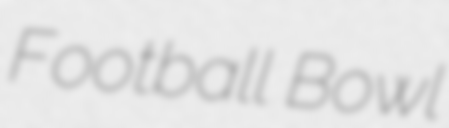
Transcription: Football Bowl